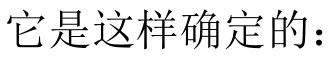
它是这样确定的：